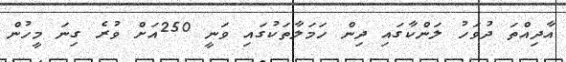
އާދިއްތަ ދުވަހު ލަންކާގައި ދިން ހަމަލާތަކުގައި ވަނީ 250އަށް ވުރެ ގިނަ މީހުން